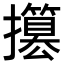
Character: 𢸥